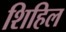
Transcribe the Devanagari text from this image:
शिहिल